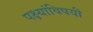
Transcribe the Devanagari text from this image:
पक्ष्यांविषयी